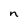
Character: n